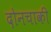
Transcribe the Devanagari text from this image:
दोनचाकी